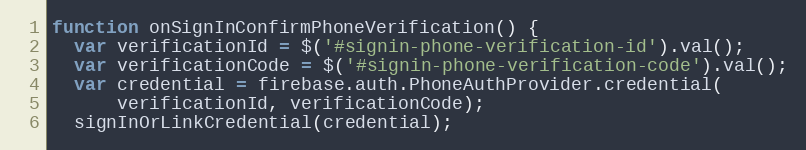
Language: JavaScript
function onSignInConfirmPhoneVerification() {
  var verificationId = $('#signin-phone-verification-id').val();
  var verificationCode = $('#signin-phone-verification-code').val();
  var credential = firebase.auth.PhoneAuthProvider.credential(
      verificationId, verificationCode);
  signInOrLinkCredential(credential);